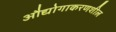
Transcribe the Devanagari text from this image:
औद्योगाकरणशील